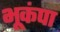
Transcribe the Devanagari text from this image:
भूकंपा